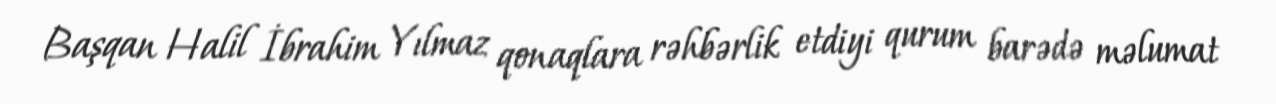
Başqan Halil İbrahim Yılmaz qonaqlara rəhbərlik etdiyi qurum barədə məlumat